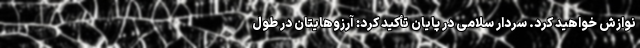
نوازش خواهید کرد. سردار سلامی در پایان تأکید کرد: آرزوهایتان در طول